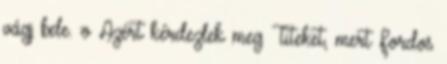
vágj bele. :o Azért kérdezlek meg Titeket, mert Fordos